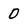
Character: 0